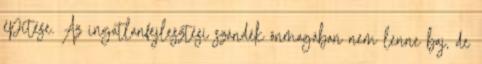
építése. Az ingatlanfejlesztési szándék önmagában nem lenne baj, de